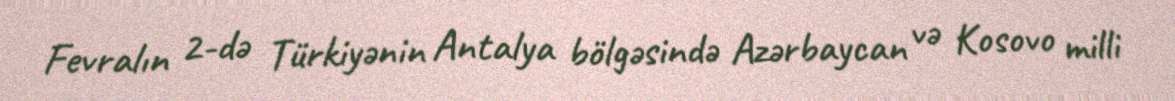
Fevralın 2-də Türkiyənin Antalya bölgəsində Azərbaycan və Kosovo milli